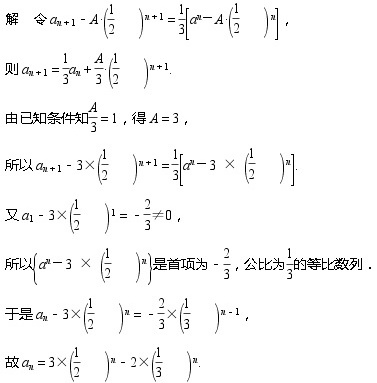
解 令\(a_{n + 1}-A\left(\frac{1}{2}\right)^{n + 1}=\frac{1}{3}\left[a_{n}-A\left(\frac{1}{2}\right)^{n}\right]\)，
则\(a_{n + 1}=\frac{1}{3}a_{n}+\frac{A}{3}\left(\frac{1}{2}\right)^{n + 1}\).
由已知条件知\(\frac{A}{3}=1\)，得\(A = 3\)，
所以\(a_{n + 1}-3\times\left(\frac{1}{2}\right)^{n + 1}=\frac{1}{3}\left[a_{n}-3\times\left(\frac{1}{2}\right)^{n}\right]\).
又\(a_{1}-3\times\left(\frac{1}{2}\right)^{1}=-\frac{2}{3}\neq0\)，
所以\(\left\{a_{n}-3\times\left(\frac{1}{2}\right)^{n}\right\}\)是首项为\(-\frac{2}{3}\)，公比为\(\frac{1}{3}\)的等比数列.
于是\(a_{n}-3\times\left(\frac{1}{2}\right)^{n}=-\frac{2}{3}\times\left(\frac{1}{3}\right)^{n - 1}\)，
故\(a_{n}=3\times\left(\frac{1}{2}\right)^{n}-2\times\left(\frac{1}{3}\right)^{n}\).